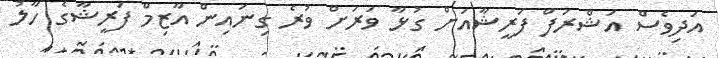
އަދިވެސް އަޝްރަފް ފަރީޝާއަށް ގުޅާ ވަރަށް ވުރެ ގިނައިން އާޒިމް ފަރީޝާގެ ހާލު